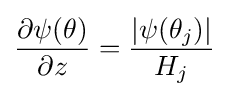
{\frac {\partial \psi (\theta )}{\partial z}}={\frac {|\psi (\theta _{j})|}{H_{j}}}